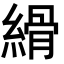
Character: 縎